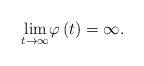
LaTeX: \begin{align*}\begin{array}{c}\underset{t\rightarrow \infty }{\lim }\varphi \left( t\right) =\infty .\end{array}\end{align*}